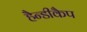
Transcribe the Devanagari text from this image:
हैन्डीकैप